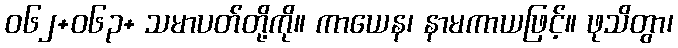
ဝ၆၂+၀၆၃+ သမာပတ်တို့ကို။ ကာယေန၊ နာမကာယဖြင့်။ ဖုသိတွာ၊